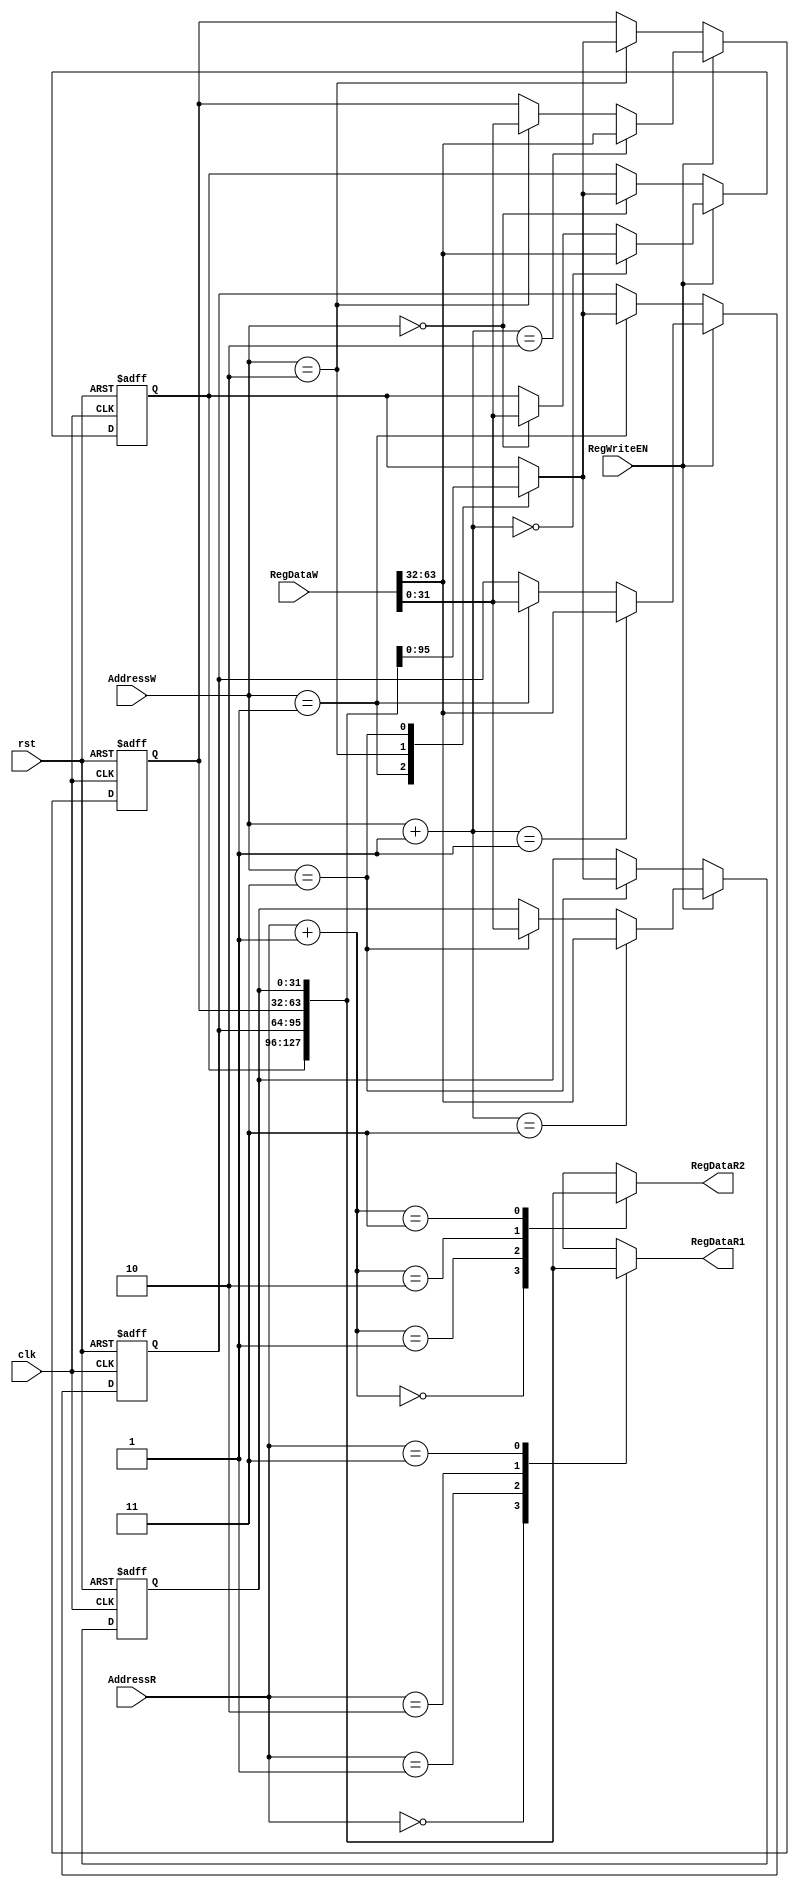
module Vec_reg(
    input clk,
    input rst,
    input [1:0] AddressR,
    input [1:0] AddressW,
    input RegWriteEN,
    input [63:0] RegDataW,
    output wire [31:0] RegDataR1,
    output wire [31:0] RegDataR2
);
    reg [31:0] RegFile[3:0];
    integer i;
    always@(negedge clk or posedge rst) begin 
        if(rst)
            for(i=0; i<4; i=i+1) 
                RegFile[i] <= 32'b0;
        else if(RegWriteEN == 1'b1) begin
                RegFile[AddressW] <= RegDataW[31:0];
                RegFile[AddressW+1] <= RegDataW[63:32];
            end
            else
                RegFile[AddressW] <= RegFile[AddressW];   
    end

    assign RegDataR1 = RegFile[AddressR];
    assign RegDataR2 = RegFile[AddressR+1];

endmodule